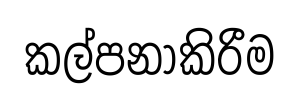
කල්පනාකිරීම